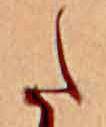
た